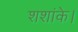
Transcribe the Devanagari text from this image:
शशांके।